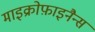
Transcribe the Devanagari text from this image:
माइक्रोफ़ाइनैन्स